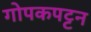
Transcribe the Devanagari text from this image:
गोपकपट्टन